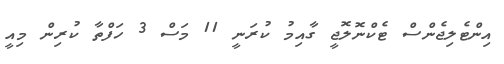
އިންޓެލިޖެންސް ޓެކްނޮލޮޖީ ގާއިމު ކުރަނީ 11 މަސް 3 ހަފްތާ ކުރިން މިއީ